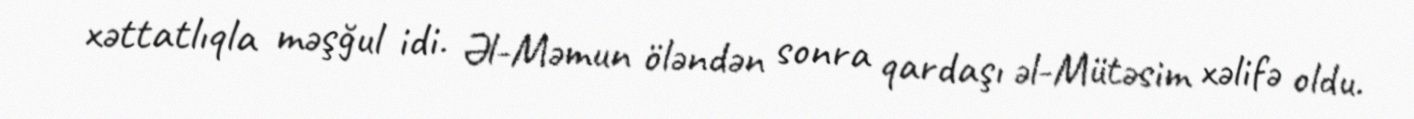
xəttatlıqla məşğul idi. Əl-Məmun öləndən sonra qardaşı əl-Mütəsim xəlifə oldu.